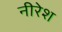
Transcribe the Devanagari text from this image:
नीरेश